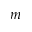
m